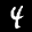
Label: 4